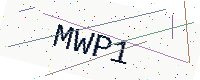
Text: MWP1